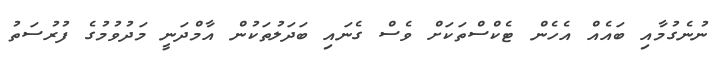
ނުނެގުމާއި ބައެއް އެހެން ޓެކްސްތަކަށް ވެސް ގެނައި ބަދަލުތަކުން އާމްދަނީ މަދުވުމުގެ ފުރުސަތު